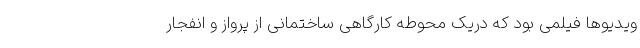
ویدیوها فیلمی بود که دریک محوطه کارگاهی ساختمانی از پرواز و انفجار